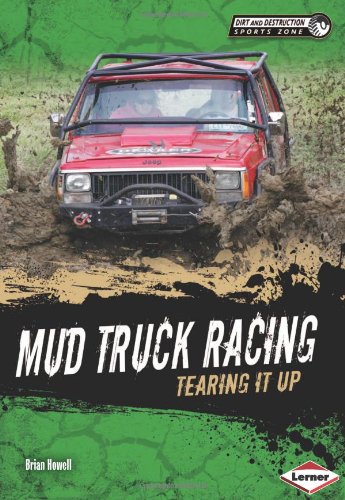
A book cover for Mud Truck Racing: Tearing It Up (Dirt and Destruction Sports Zone); Brian Howell; Children's Books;